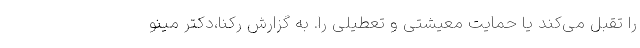
را تقبل می‌کند یا حمایت معیشتی و تعطیلی را. به گزارش رکنا،دکتر مینو